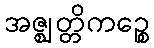
အဇ္ဈတ္တိကဉ္စေ